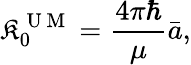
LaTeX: {\mathfrak{K}_{0}^{\mathrm{{~U~M~}}}=\frac{{4\pi\hbar}}{{\mu}}\bar{{a}},}